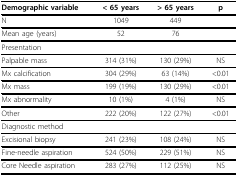
| Demographic variable | < 65 years | > 65 years | p |
 | --- | --- | --- | --- |
 | N | 1049 | 449 |  |
 | Mean age (years) | 52 | 76 |  |
 | Presentation |  |  |  |
 | Palpable mass | 314 (31%) | 130 (29%) | NS |
 | Mx calcification | 304 (29%) | 63 (14%) | <0.01 |
 | Mx mass | 199 (19%) | 130 (29%) | <0.01 |
 | Mx abnormality | 10 (1%) | 4 (1%) | NS |
 | Other | 222 (20%) | 122 (27%) | <0.01 |
 | Diagnostic method |  |  |  |
 | Excisional biopsy | 241 (23%) | 108 (24%) | NS |
 | Fine-needle aspiration | 524 (50%) | 229 (51%) | NS |
 | Core Needle aspiration | 283 (27%) | 112 (25%) | NS |